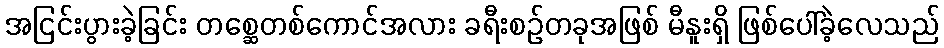
အငြင်းပွားခဲ့ခြင်း တစ္ဆေတစ်ကောင်အလား ခရီးစဉ်တခုအဖြစ် မီနူးရှိ ဖြစ်ပေါ်ခဲ့လေသည်